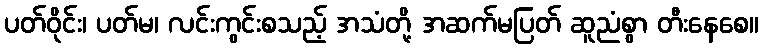
ပတ်ဝိုင်း၊ ပတ်မ၊ လင်းကွင်းစသည့် အသံတို့ အဆက်မပြတ် ဆူညံစွာ တီးနေစေ။